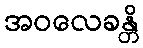
အဝလေခန္တိ